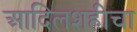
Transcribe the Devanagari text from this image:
आदिलशहीचा